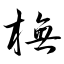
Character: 橅